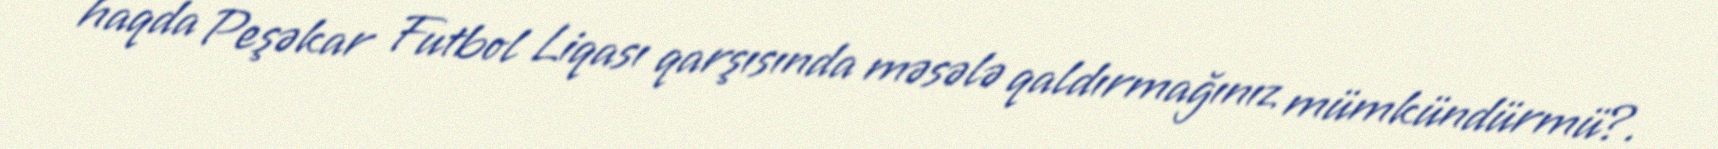
haqda Peşəkar Futbol Liqası qarşısında məsələ qaldırmağınız mümkündürmü?.